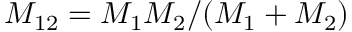
M _ { 1 2 } = M _ { 1 } M _ { 2 } / ( M _ { 1 } + M _ { 2 } )